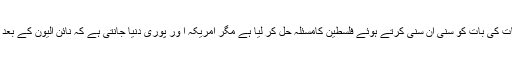
شاید اسرائیل اور امریکہ یہ سمجھتے ہیں کہ انہوں نے یاسر عرفات کی بات کو سنی ان سنی کرتے ہوئے فلسطین کامسئلہ حل کر لیا ہے مگر امریکہ ا ور پوری دنیا جانتی ہے کہ نائن الیون کے بعد سے دو عشرے گزر گئے‘ دنیا جہنم میں تبدیل ہو کر رہ گئی ہے۔